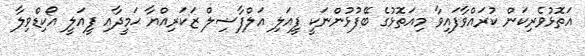
އަތޮޅުވެރިކަން ކުރައްވާފައިވާ މިއަތޮޅުގެ ބޭފުޅުންނަކީ ފީއަލި އަލްފާޟިލް ޒަކަރިއްޔާ ޙަމީދާއި ފީއަލީ އޯކިޑްވިލާ